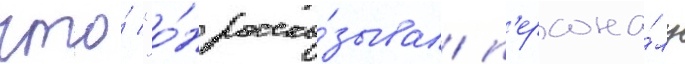
что́ "о́н расска́зывал п'ерсона́лу